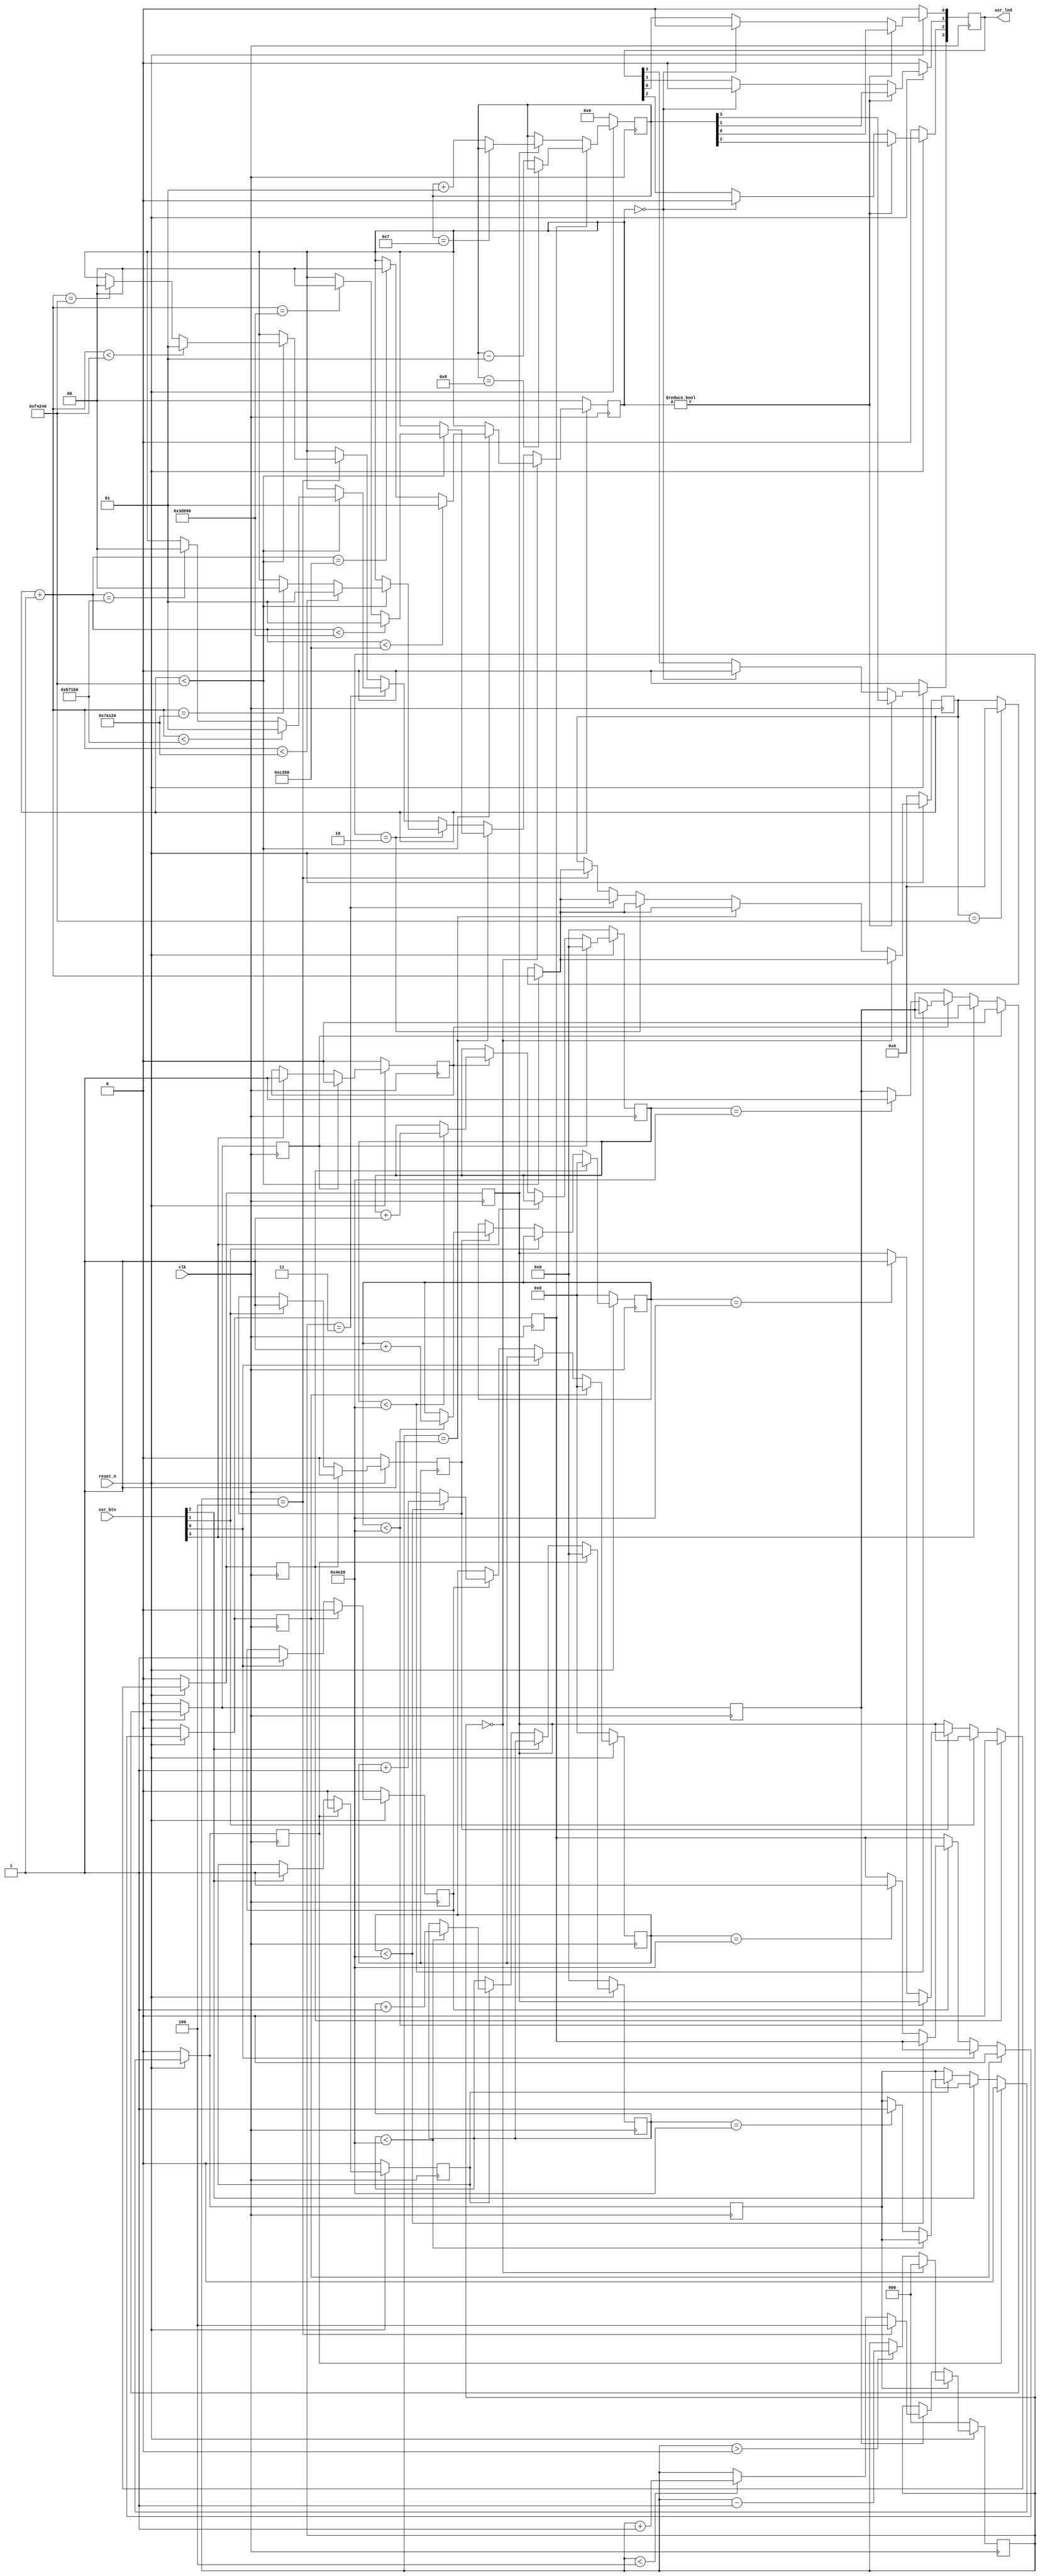
`timescale 1ns / 1ps



module lab3(
  input  clk,            // System clock at 100 MHz
  input  reset_n,        // System reset signal, in negative logic
  input  [3:0] usr_btn,  // Four user pushbuttons
  output [3:0] usr_led   // Four yellow LEDs
);
parameter hold=15'b100111000100000;

reg [3:0]btn;
reg [3:0]prebtn;
reg signed [3:0]counter;
reg signed [3:0]counter1;
reg [14:0]cou0;//debouncing
reg [14:0]cou1;
reg [19:0]cou2;
reg [19:0]cou3;
reg [3:0]st1;
reg [2:0]ctrl;
reg [20:0]pwmcou;
reg [1:0]temp;

always@(posedge clk)
begin
	if(reset_n==0)
	begin
		btn[0]=0;
		st1[0]=0;
		cou0=0;
		prebtn[0]=0;
	end

	else if(prebtn[0])
	begin
		btn[0]=0;
		st1[0]=0;
		cou0=0;
	end

	else if(usr_btn[0])
	begin
		st1[0]=1;
	end

	else if(st1[0])
	begin
		if(cou0<hold)
		begin
			cou0=cou0+1;
		end
		else if(cou0==hold)
		begin
			btn[0]=1;
		end
	end 
	prebtn[0]=btn[0];
end

always@(posedge clk)
begin
	if(reset_n==0)
	begin
		btn[1]=0;
		st1[1]=0;
		cou1=0;
		prebtn[1]=0;
	end

	else if(prebtn[1])
	begin
		btn[1]=0;
		st1[1]=0;
		cou1=0;
	end


	else if(usr_btn[1])
	begin
		st1[1]=1;
	end


	else if(st1[1])
	begin
		if(cou1<hold)
		begin
			cou1=cou1+1;
		end
		else if(cou1==hold)
		begin
			btn[1]=1;
		end
	end 
	prebtn[1]=btn[1];
end

always@(posedge clk)
begin
	if(reset_n==0)
	begin
		btn[2]=0;
		st1[2]=0;
		cou2=0;
		prebtn[2]=0;
	end

	else if(prebtn[2])
	begin
		btn[2]=0;
		st1[2]=0;
		cou2=0;
	end


	else if(usr_btn[2])
	begin
		st1[2]=1;
	end


	else if(st1[2])
	begin
		if(cou2<hold)
		begin
			cou2=cou2+1;
		end
		else if(cou2==hold)
		begin
			btn[2]=1;
		end
	end 
	prebtn[2]=btn[2];
end

always@(posedge clk)
begin
	if(reset_n==0)
	begin
		btn[3]=0;
		st1[3]=0;
		cou3=0;
		prebtn[3]=0;
	end
	else if(prebtn[3])
	begin
		btn[3]=0;
		st1[3]=0;
		cou3=0;
	end
	else if(usr_btn[3])
	begin
		st1[3]=1;
	end
	else if(st1[3])
	begin
		if(cou3<hold)
		begin
			cou3=cou3+1;
		end
		else if(cou3==hold)
		begin
			btn[3]=1;
		end
	end 
	prebtn[3]=btn[3];
end

always@(posedge clk)
begin
	if(reset_n==0)
	begin
		ctrl=0;
	end
	else if(btn[2])
	begin
		if(ctrl==0)
		begin
			ctrl=0;
		end
		else if(ctrl>0)
		begin
			ctrl=ctrl-1;
		end
	end
	else if(btn[3])
	begin
		if(ctrl==4)
		begin
			ctrl=4;
		end
		else if(ctrl<4)
		begin
			ctrl=ctrl+1;
		end
	end
end

always@(posedge clk)
begin
	if(reset_n==0)
	begin
		pwmcou=0;
		temp=0;
	end
	else if(ctrl==0)
	begin
		if(pwmcou<1000000)
		begin
			pwmcou=pwmcou+1;
			if(pwmcou<50000)
			begin
				temp=1;
			end
			else if(pwmcou==50000)
			begin
				temp=0;
			end
		end
		else if(pwmcou==1000000)
		begin
			pwmcou=0;
		end
	end
	else if(ctrl==1)
	begin
		if(pwmcou<1000000)
		begin
			pwmcou=pwmcou+1;
			if(pwmcou<250000)
			begin
				temp=1;
			end
			else if(pwmcou==250000)
			begin
				temp=0;
			end
		end
		else if(pwmcou==1000000)
		begin
			pwmcou=0;	
		end
	end
	else if(ctrl==2)
	begin
		if(pwmcou<1000000)
		begin
			pwmcou=pwmcou+1;
			if(pwmcou<500000)
			begin
				temp=1;
			end
			else if(pwmcou==500000)
			begin
				temp=0;
			end
		end
		else if(pwmcou==1000000)
			begin
				pwmcou=0;
			end
	end
	else if(ctrl==3)
	begin
		if(pwmcou<1000000)
		begin
			pwmcou=pwmcou+1;
			if(pwmcou<750000)
			begin
				temp=1;
			end
			else if(pwmcou==750000)
			begin
				temp=0;
			end
		end
		else if(pwmcou==1000000)
		begin
			pwmcou=0;
		end
	end
	else if(ctrl==4)
	begin
		if(pwmcou<1000000)
		begin
			pwmcou=pwmcou+1;
			if(pwmcou<1000000)
			begin
				temp=1;
			end
			else if(pwmcou==1000000)
			begin
				temp=0;
			end
		end
		else if(pwmcou==1000000)
		begin
			pwmcou=0;
		end
	end
end




always@(posedge clk)
begin
	if(!reset_n)
	begin
		counter=0;
	end
	else if(btn[0])
	begin
		if(counter==-8)counter<=counter;
		else counter<=counter-1;
	end
	else if(btn[1])
	begin
		if(counter==7)counter=counter;
		else counter=counter+1;
	end
	else
	begin
		counter=counter;
	end
end

always@(posedge clk)
begin
	if(reset_n==0)
	begin
		counter1[0] = 0;
		counter1[1] = 0;
		counter1[2] = 0;
		counter1[3] = 0;
	end
	else if(temp)
	begin
		counter1[0] = counter[0];
		counter1[1] = counter[1];
		counter1[2] = counter[2];
		counter1[3] = counter[3];
	end
	else if(temp==0)
	begin
		counter1[0] = 0;
		counter1[1] = 0;
		counter1[2] = 0;
		counter1[3] = 0;
	end
end

assign usr_led[0] = counter1[0];
assign usr_led[1] = counter1[1];
assign usr_led[2] = counter1[2];
assign usr_led[3] = counter1[3];

endmodule